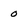
Character: 0